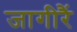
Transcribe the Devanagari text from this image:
जागीरैं